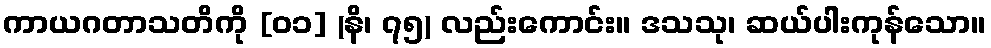
ကာယဂတာသတိကို [၀၁] (နိ၊ ၇၅) လည်းကောင်း။ ဒသသု၊ ဆယ်ပါးကုန်သော။